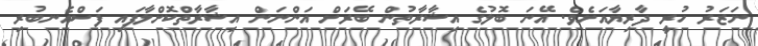
ނަޒަރު ހުރީ ދާރިޔާއަށެވެ. އޭނަ ބޮލުގެ އިޝާރާތުން ބޭރަށް އަންނަން އިޝާރާތްކޮށްލާފައި ފަސްއެނބުރި